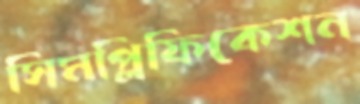
সিমপ্লিফিকেশন